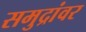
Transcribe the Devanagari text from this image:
समुद्रांवर